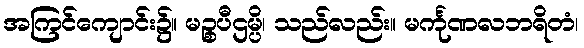
အကြင်ကျောင်း၌။ မဉ္စပီဌမ္ပိ၊ သည်လည်း။ မင်္ကုဏလဘရိတံ၊